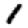
Digit: 1